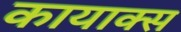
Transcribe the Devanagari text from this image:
कायाक्स